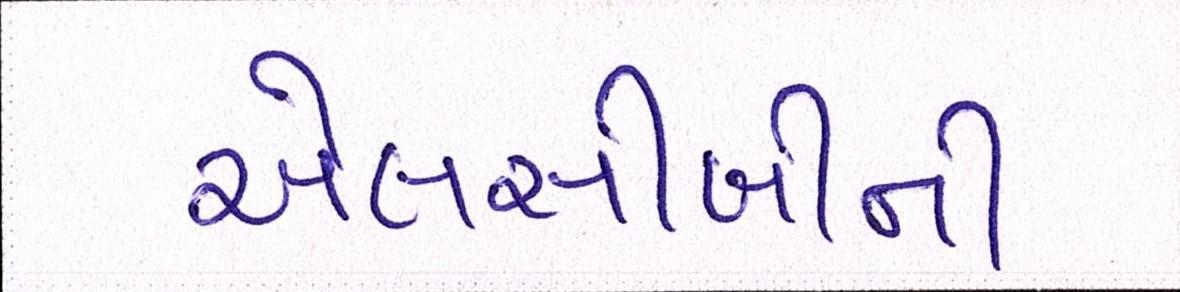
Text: એલસીબીની